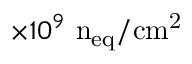
\times 1 0 ^ { 9 } \mathrm { ~ n _ { \mathrm { e q } } / c m ^ { 2 } }